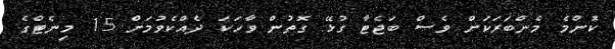
ކޮންމެ މެންބަރަކަށް ވެސް ބަޖެޓާ ގުޅޭ ގޮތުން ވާހަކަ ދެއްކެވުމަށް 15 މިނެޓްގެ